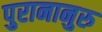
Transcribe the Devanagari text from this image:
पुरानानुरु